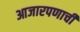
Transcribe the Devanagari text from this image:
आजारपणाची